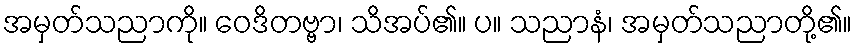
အမှတ်သညာကို။ ဝေဒိတဗ္ဗာ၊ သိအပ်၏။ ပ။ သညာနံ၊ အမှတ်သညာတို့၏။